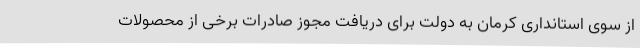
از سوی استانداری کرمان به دولت برای دریافت مجوز صادرات برخی از محصولات